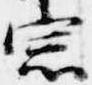
宗